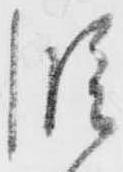
段